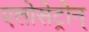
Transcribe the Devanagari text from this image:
एलोसेट्रोन्